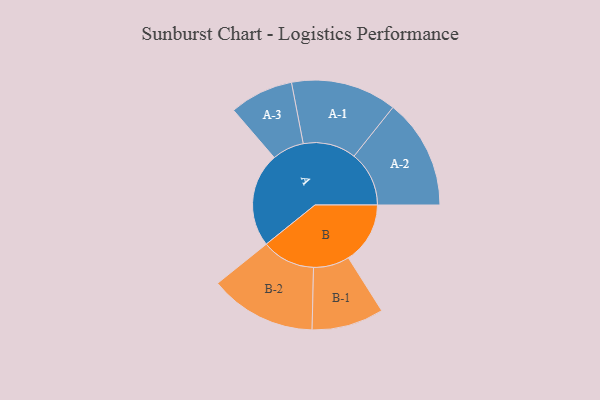
{"axis": {"x": "Segment", "y": "Value"}, "legend": ["", "A", "B"], "data": [{"x": "A", "y": 461, "type": ""}, {"x": "B", "y": 302, "type": ""}, {"x": "A-1", "y": 259, "type": "A"}, {"x": "A-2", "y": 269, "type": "A"}, {"x": "A-3", "y": 156, "type": "A"}, {"x": "B-1", "y": 176, "type": "B"}, {"x": "B-2", "y": 261, "type": "B"}]}